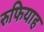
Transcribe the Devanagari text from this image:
रुफियाह